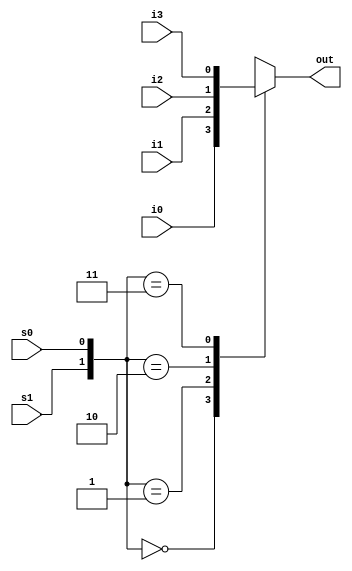
// 4-to-1 multiplexer. Port list is taken exactly from
// the I/O diagram.
module mux4_to_1 (out, i0, i1, i2, i3, s1, s0);

// Port declarations from the I/O diagram
output out;
input i0, i1, i2, i3;
input s1, s0;
//output declared as register
reg out;

//recompute the signal out if any input signal changes.
//All input signals that cause a recomputation of out to
//occur must go into the always @(...) 
always @(s1 or s0 or i0 or i1 or i2 or i3)
begin
	case ({s1, s0})
	2'b00: out = i0;
	2'b01: out = i1;
	2'b10: out = i2;
	2'b11: out = i3;
	default: out = 1'bx;
	endcase
end

endmodule

// Define the stimulus module (no ports)
module stimulus;

// Declare variables to be connected
// to inputs
reg IN0, IN1, IN2, IN3;
reg S1, S0;

// Declare output wire
wire OUTPUT;

// Instantiate the multiplexer
mux4_to_1 mymux(OUTPUT, IN0, IN1, IN2, IN3, S1, S0);

// Stimulate the inputs
initial 
begin
	// set input lines
	IN0 = 1; IN1 = 0; IN2 = 1; IN3 = 0;
	#1 $display("IN0= %b, IN1= %b, IN2= %b, IN3= %b\n",IN0,IN1,IN2,IN3);
			

	// choose IN0
	S1 = 0; S0 = 0;
	#1 $display("S1 = %b, S0 = %b, OUTPUT = %b \n", S1, S0, OUTPUT);

	// choose IN1
	S1 = 0; S0 = 1;
	#1 $display("S1 = %b, S0 = %b, OUTPUT = %b \n", S1, S0, OUTPUT);

	// choose IN2
	S1 = 1; S0 = 0;
	#1 $display("S1 = %b, S0 = %b, OUTPUT = %b \n", S1, S0, OUTPUT);

	// choose IN3
	S1 = 1; S0 = 1;
	#1 $display("S1 = %b, S0 = %b, OUTPUT = %b \n", S1, S0, OUTPUT);
end

endmodule